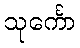
သုင်္ကော